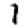
Digit: 1